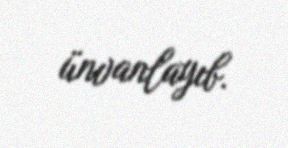
ünvanlayıb.